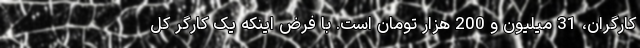
کارگران، 31 میلیون و 200 هزار تومان است. با فرض اینکه یک کارگر کل